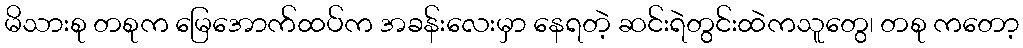
မိသားစု တစုက မြေအောက်ထပ်က အခန်းလေးမှာ နေရတဲ့ ဆင်းရဲတွင်းထဲကသူတွေ၊ တစု ကတော့